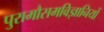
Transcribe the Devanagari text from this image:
पुरामौसमविज्ञानियों